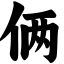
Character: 俩